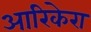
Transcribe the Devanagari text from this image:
आरिकेरा